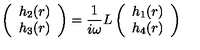
\left( \begin{array} { c } { h _ { 2 } ( r ) } \\ { h _ { 3 } ( r ) } \\ \end{array} \right) = { \frac { 1 } { i \omega } } L \left( \begin{array} { c } { h _ { 1 } ( r ) } \\ { h _ { 4 } ( r ) } \\ \end{array} \right)